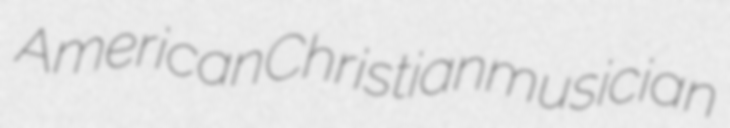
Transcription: American Christian musician